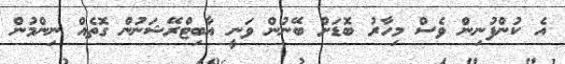
އެ ކުންފުނިން ވެސް މިހާރު ބޮޑަށް ބޭނުން ވަނީ އާބިޓްރޭޝަނުން ގޮތެއް ނިންމުން